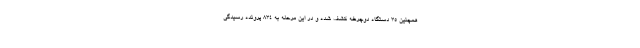
همچنین ۳۵ دستگاه دوچرخه کشف شده و در این مرحله به ۸۳۴ پرونده رسیدگی